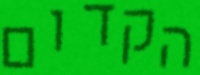
הקדום